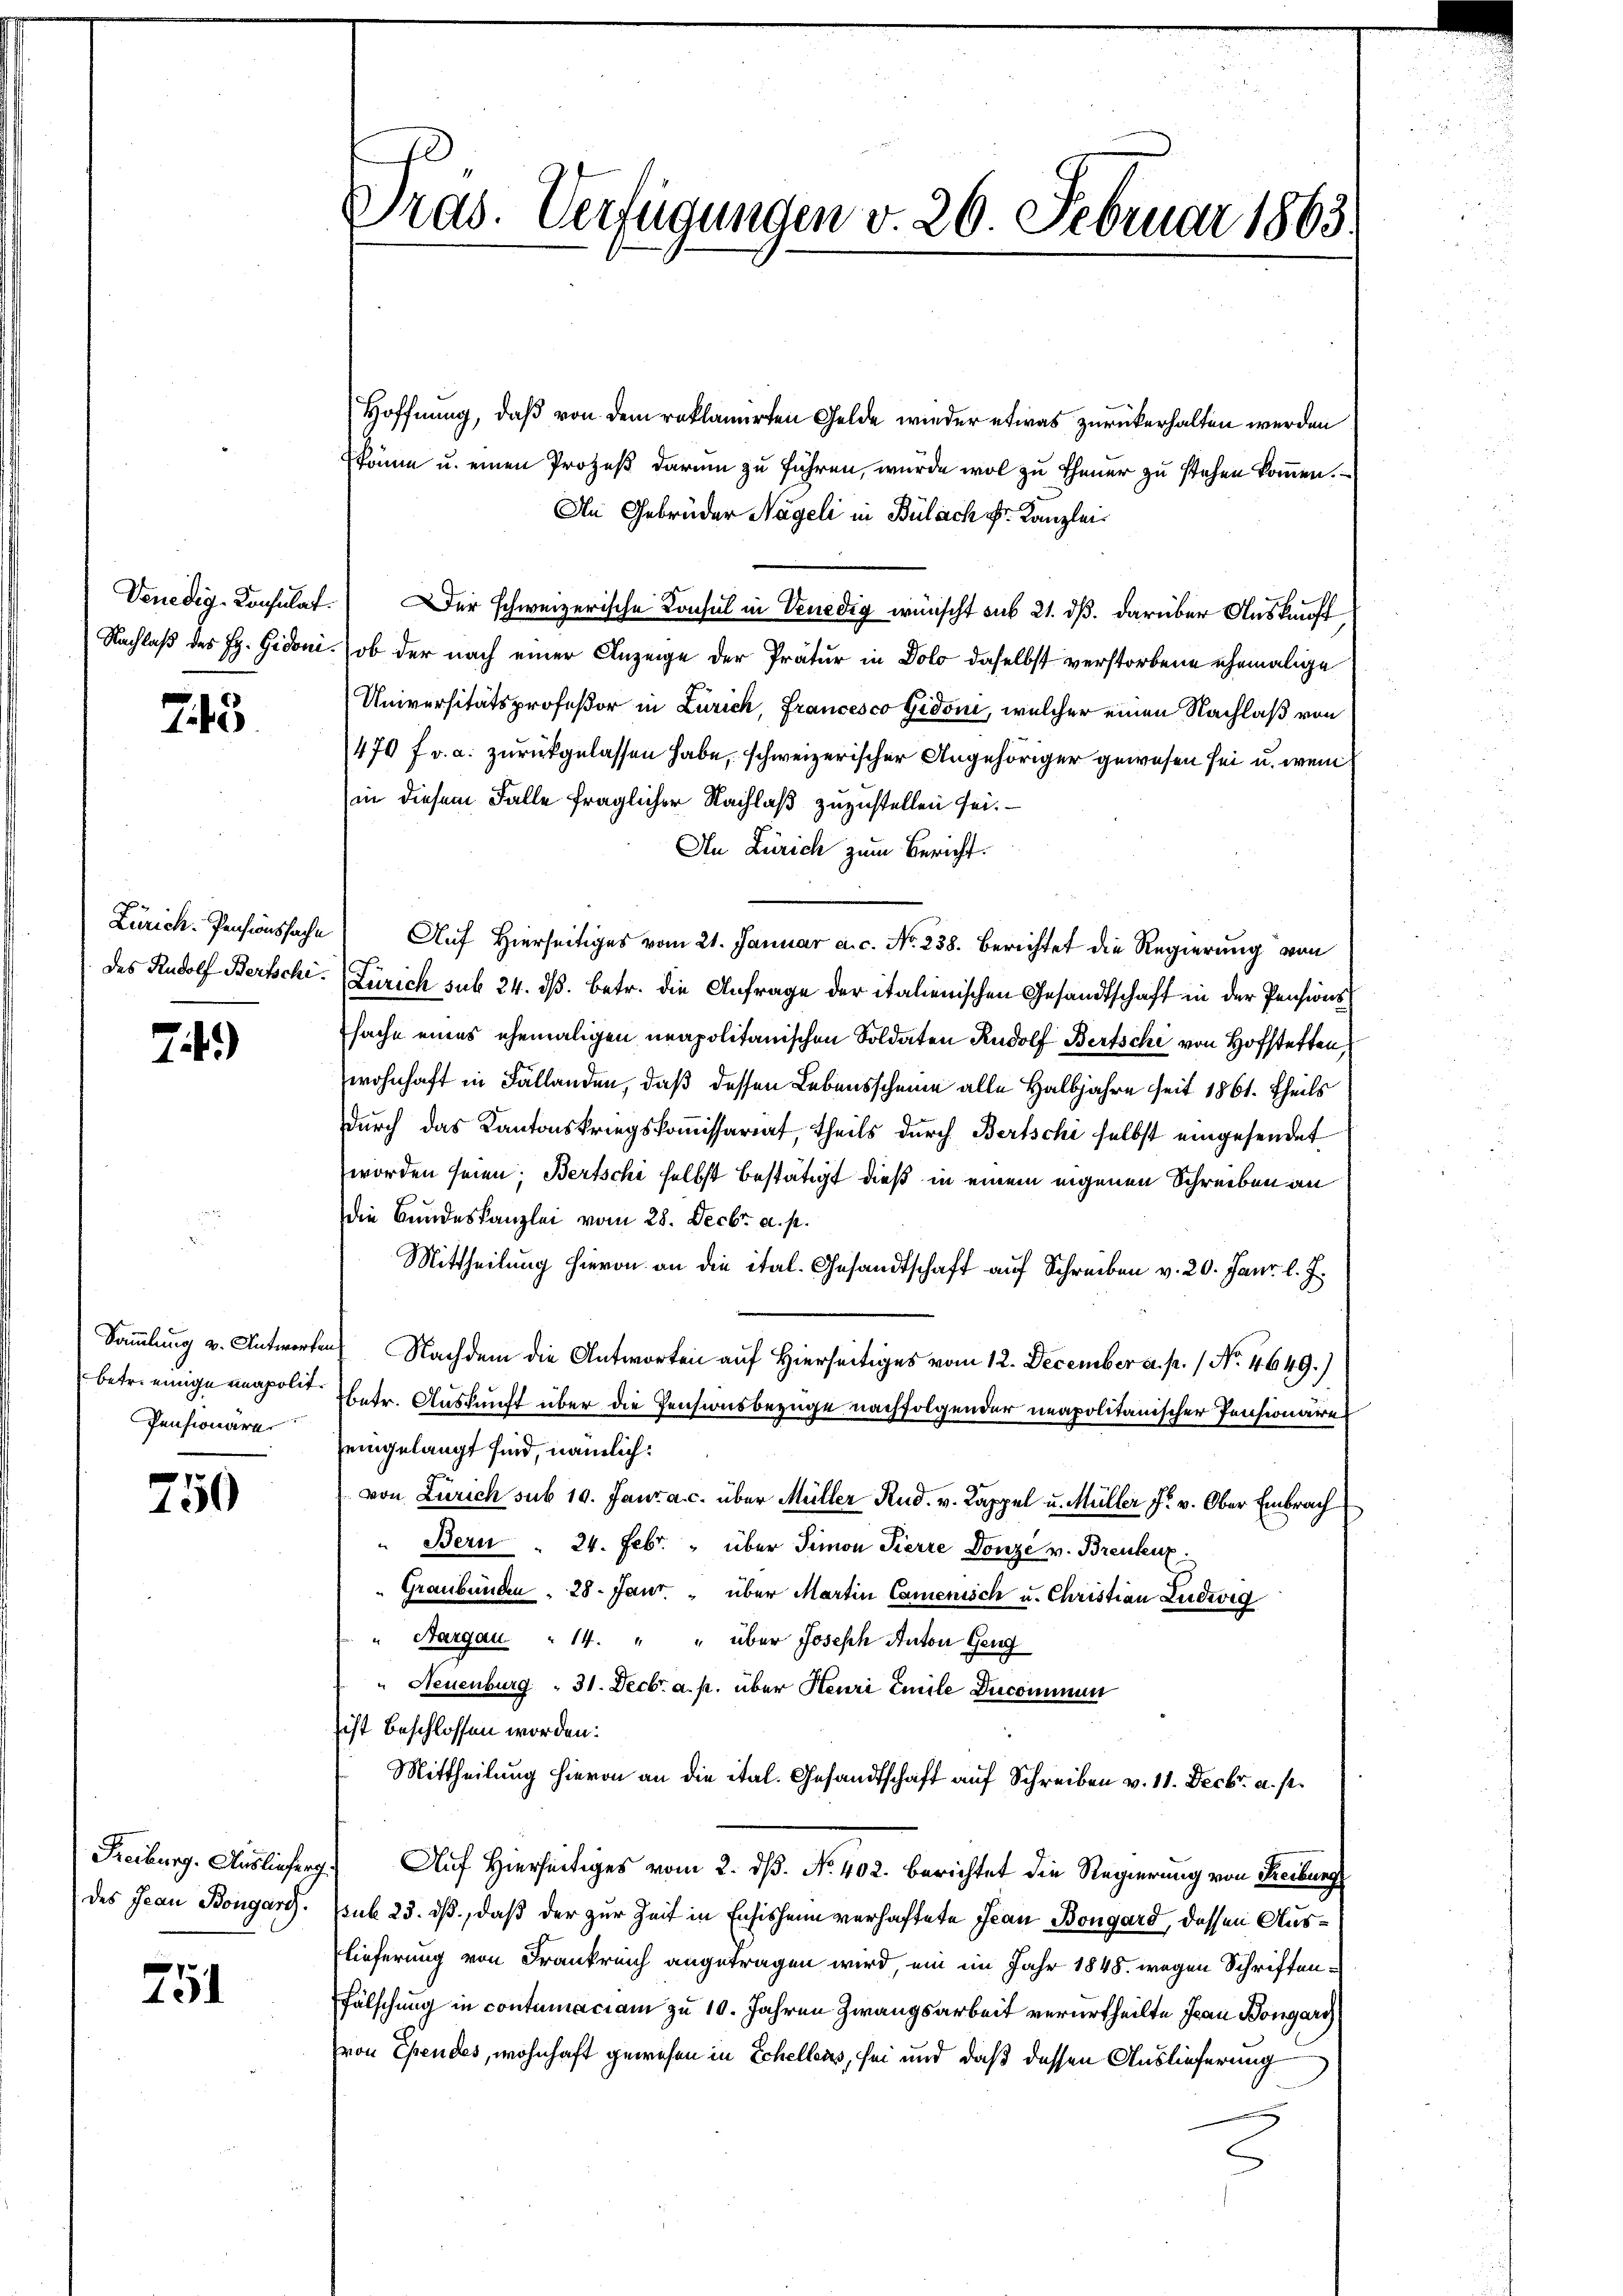
745

719)

Pensionäre

750

751

Hoffnung, daß von dem reklamierten Gelde wieder etwas zurückerhalten werden
könne u. einen Prozeß darum zu führen, wurde wol zu Theuer zu stehen kommen.
An Gebrüder Nägeli in Bülach Sr. Kanzlei
Venedig- Consulat. Der schweizerische Konsul in Venedig wünscht aus 21. dß. darüber Auskunft
Nachlaß des Hr. Gidoni.) ob der nach einer Anzeige der Pratur in Dolo daselbst verstorbene ehemalige
Universitätsprofeßor in Zürich, Francesco Gidoni, welcher einen Nachlaß von
470 fr. a. zurückgelassen habe, schweizerischer Angehöriger gewesen sei u. wen
in diesem Falle fraglicher Nachlaß zuzustellen sei.
An Zürich zum Bericht.
Zürich. Pensionssache Auf Hierseitiges vom 21. Januar a.c. No. 238. Berichtet die Regierung von
des Rudolf Bertsche Zürich sub 24. dß. betr. die Anfrage der italienischen Gesandtschaft in der Pensionssache eines ehemaligen unapolitanischen Soldaten Rudolf Bertschi von Hofstetten,
wohnhaft in Fällanden, daß dessen Lebensscheine alle Halbjahre seit 1861. theils
durch das Kantonskriegskommissariat, theils durch Bertschi selbst eingesendet
worden seien; Bertschi selbst bestätigt dieß in einem eigenen Schreiben an
die Bundeskanzlei vom 28. Decbr. a. p.
Mittheilung hievon an die ital. Gesandtschaft auf Schreiben v. 20. Janr. l. J.
Sammlung v. Antworten Nachdem die Antworten auf Hierseitiges vom 12. December a. p. / No. 4649.)
betr. einige napolit betr. Auskunft über die Pensionsbezüge nachfolgender neapolitanischer Pensionäre
seingelangt sind, nämlich:
von Zürich sub 10. Janza c. über Müller Rud. v. Kappel u. Müller Fr. v. Ober Embrach
" Bern . 24. Febr. " über Simon Pierre Donze v. Brenkeux.
Graubünden . 28. Janr. " über Martin Camenisch u. Christian Ludwig
" Aargau " 14. " " über Joseph Anton Geng
" Neuenburg " 31. Decbr. a. p. über Heuri Emile Ducommun
sist beschlossen worden.
Mittheilung hievon an die ital. Gesandtschaft auf Schreiben v. 11. Decbr. a. p.
Freiburg. Auslieferg. Auf Hierseitiges vom 2. dß. No. 402. berichtet die Regierung von Freibung
(des Jean Bongars. sub 23. ds., daß der zur Zeit in Ensisheim verhaftete Jean Bongard, dessen Auslieferung von Frankreich angetragen wird, ein im Jahr 1848 wegen Schriftenfälschung in contumaciam zu 10. Jahren Zwangsarbeit verurtheilte Jean Bongari
von Ehendes, wohnhaft gewesen in Schellen, sei und daß dessen Auslieferung

Dras. Verfügungen v. 26. Februar 1863.